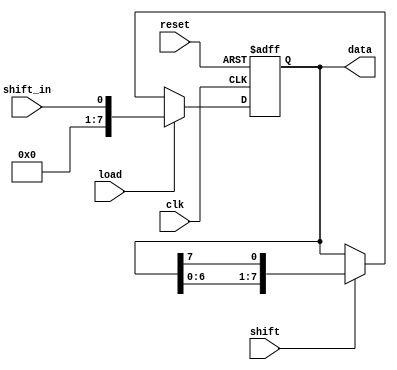
module pipo_shift_register(
  input clk,
  input reset,
  input shift_in,
  input load,
  input shift,
  output reg [7:0] data
);

reg [7:0] reg_data;

always @(posedge clk, posedge reset) begin
  if (reset) begin
    reg_data <= 8'b0;
  end else begin
    if (load) begin
      reg_data <= shift_in;
    end else if (shift) begin
      reg_data <= {reg_data[6:0], reg_data[7]};
    end
  end
end

assign data = reg_data;

endmodule